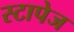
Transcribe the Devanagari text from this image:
स्टापेज